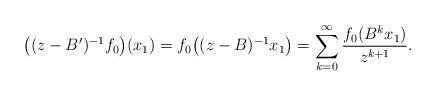
LaTeX: \begin{align*}\big((z-B')^{-1}f_0\big)(x_1)=f_0\big((z-B)^{-1}x_1\big)=\sum\limits_{k=0}^{\infty}\frac{f_0(B^kx_1)}{z^{k+1}}.\end{align*}